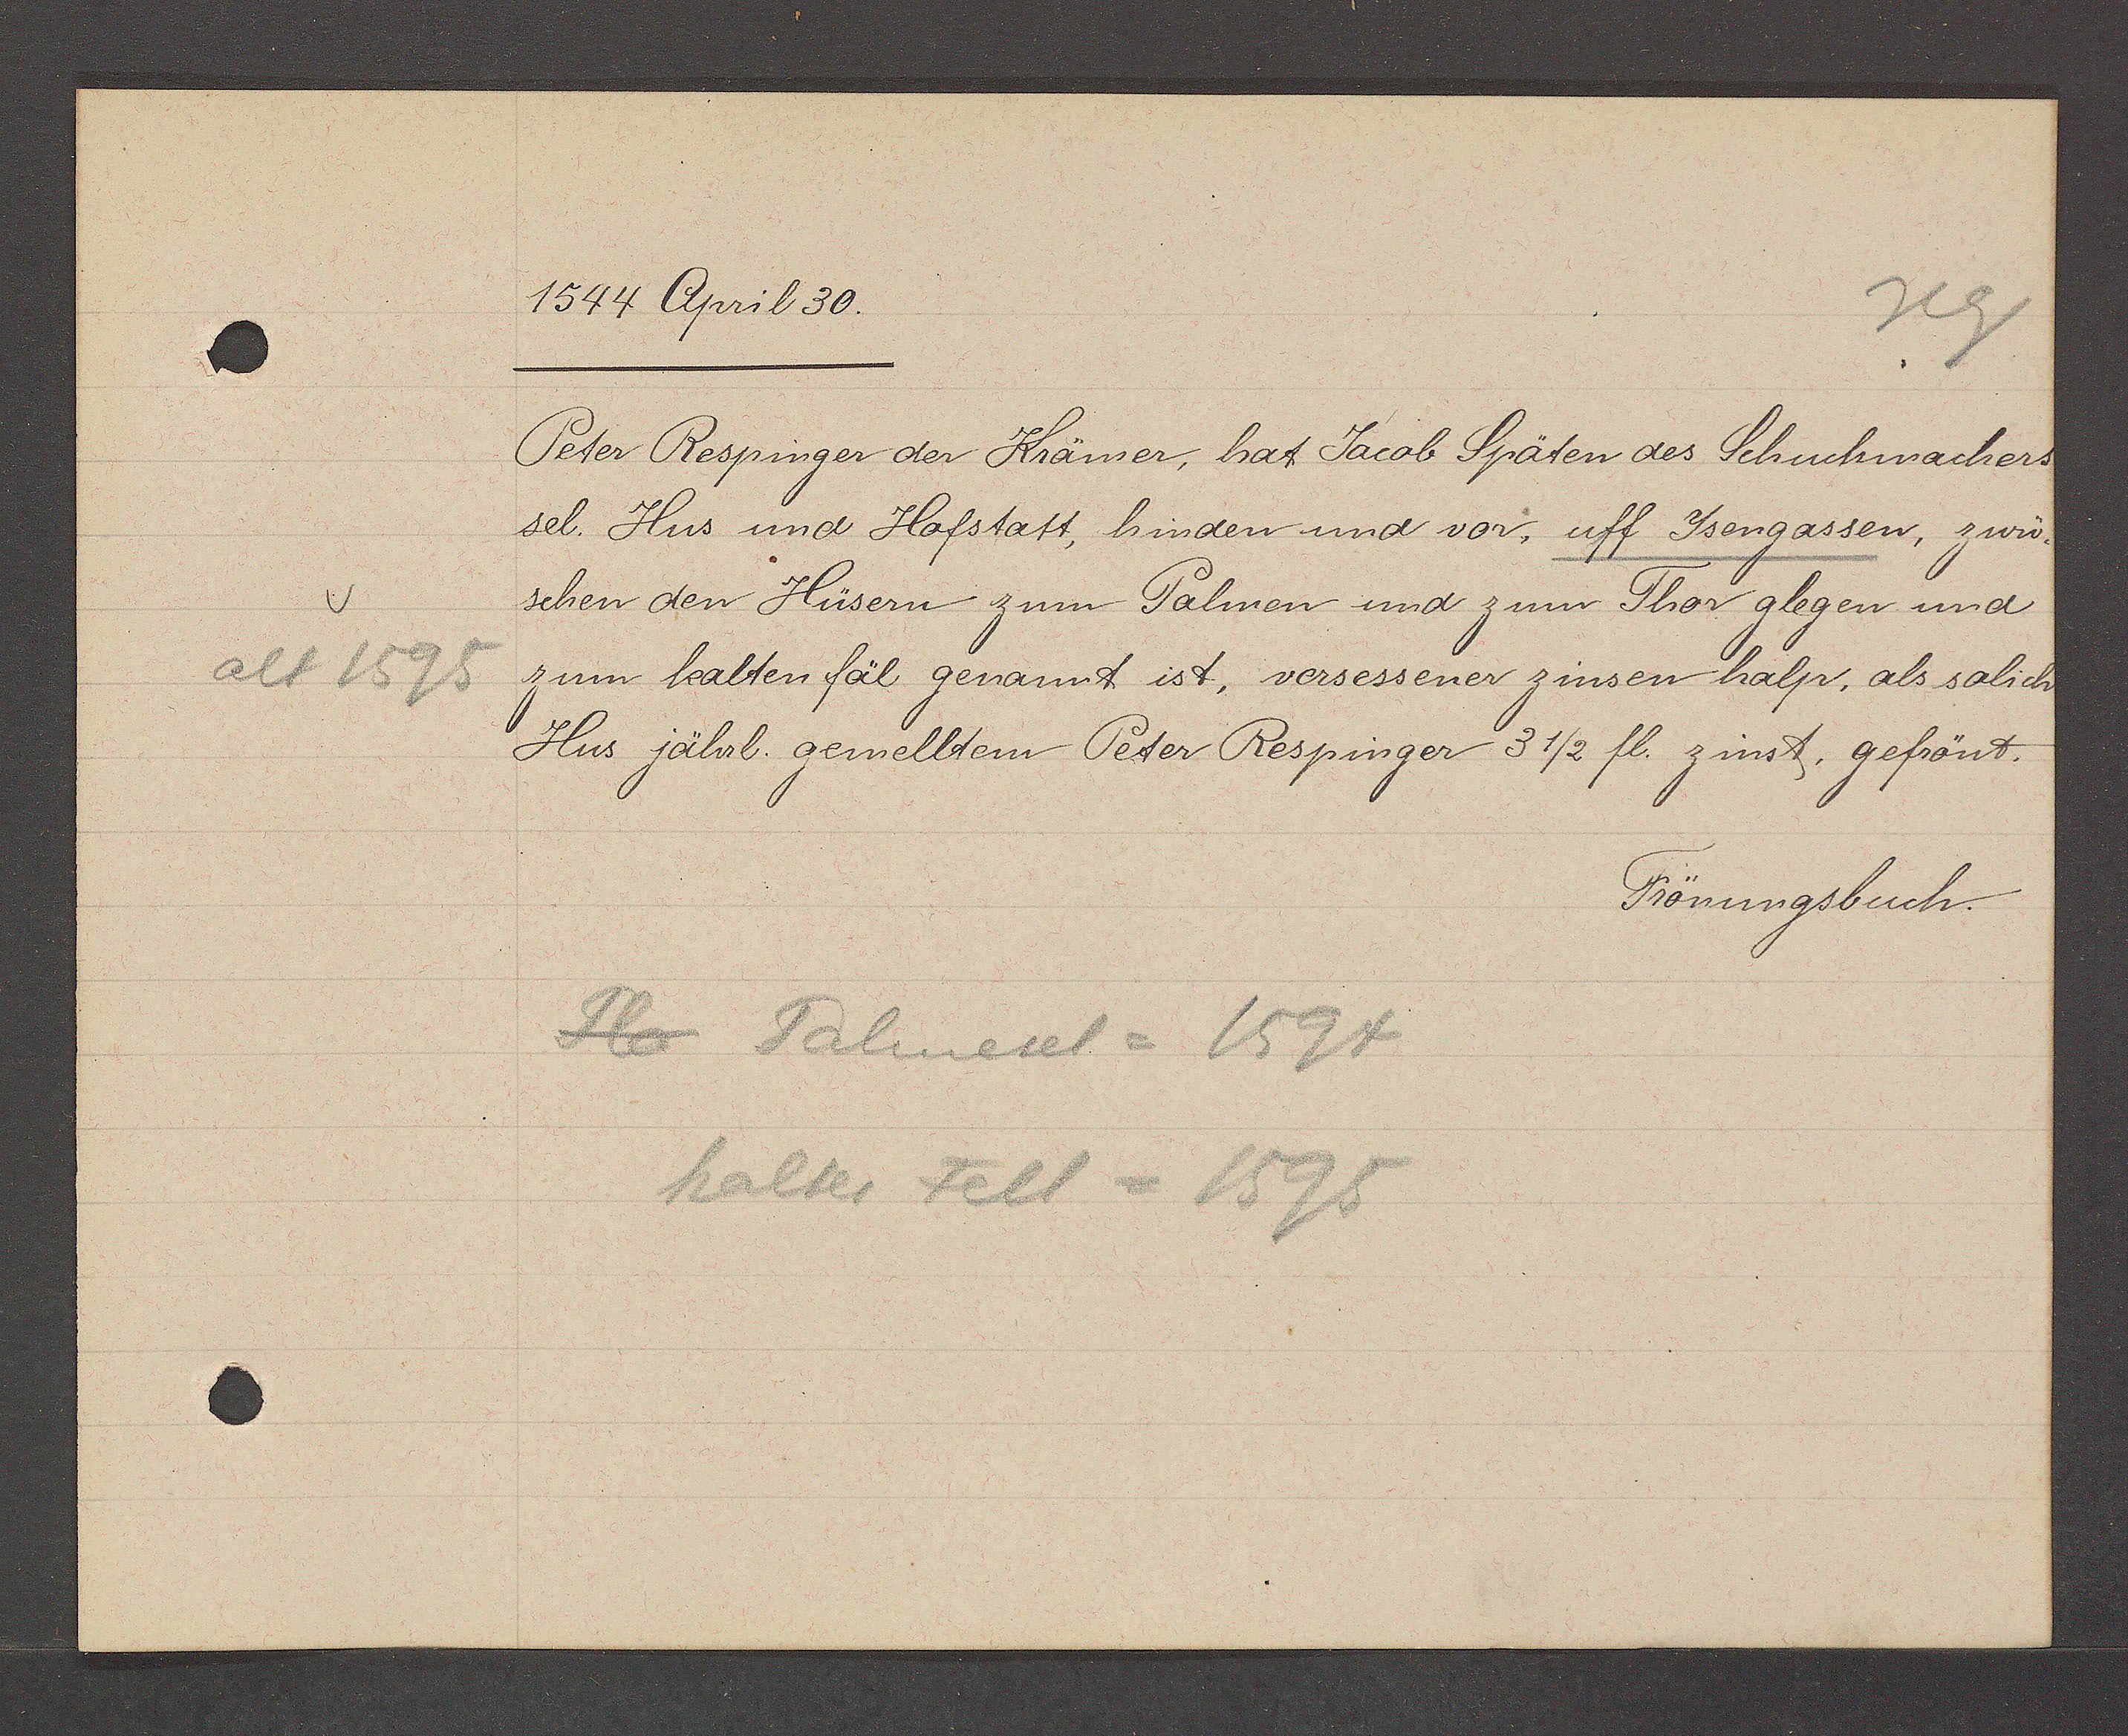
Transcript:
alt 1595

1544 April 30.

Peter Respinger der Krämer, hat Jacob Späten des Schuchmachers
sel. Hus und Hofstatt, hinden und vor, uff Jsengassen, zwü¬
schen den Hüsern zum Palmen und zum Thor glegen und
zum kalten fäl genannt ist, versessener zinsen halp, als solich
Hus jährl. gemelltem Peter Respinger 3 1/2 fl. zinst, gefrönt.

Ht Palmesel = 1594
kaltes Fell = 1595

Frönungsbuch.